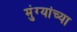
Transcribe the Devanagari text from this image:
मुंग्यांच्या